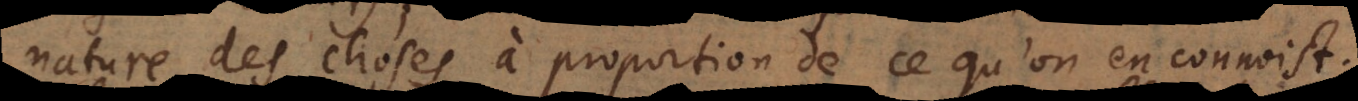
nature des choses à proportion de ce qu’on en connoist.